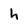
Character: h